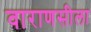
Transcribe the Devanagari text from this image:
वाराणसीला